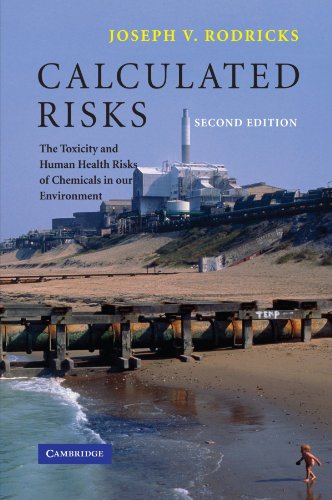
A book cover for Calculated Risks: The Toxicity and Human Health Risks of Chemicals in our Environment; Joseph V. Rodricks; Medical Books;